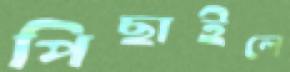
পিছাইলে